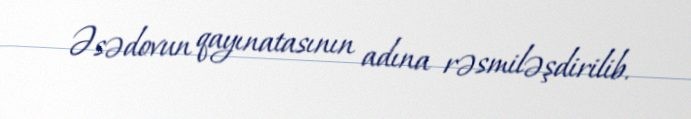
Əsədovun qayınatasının adına rəsmiləşdirilib.